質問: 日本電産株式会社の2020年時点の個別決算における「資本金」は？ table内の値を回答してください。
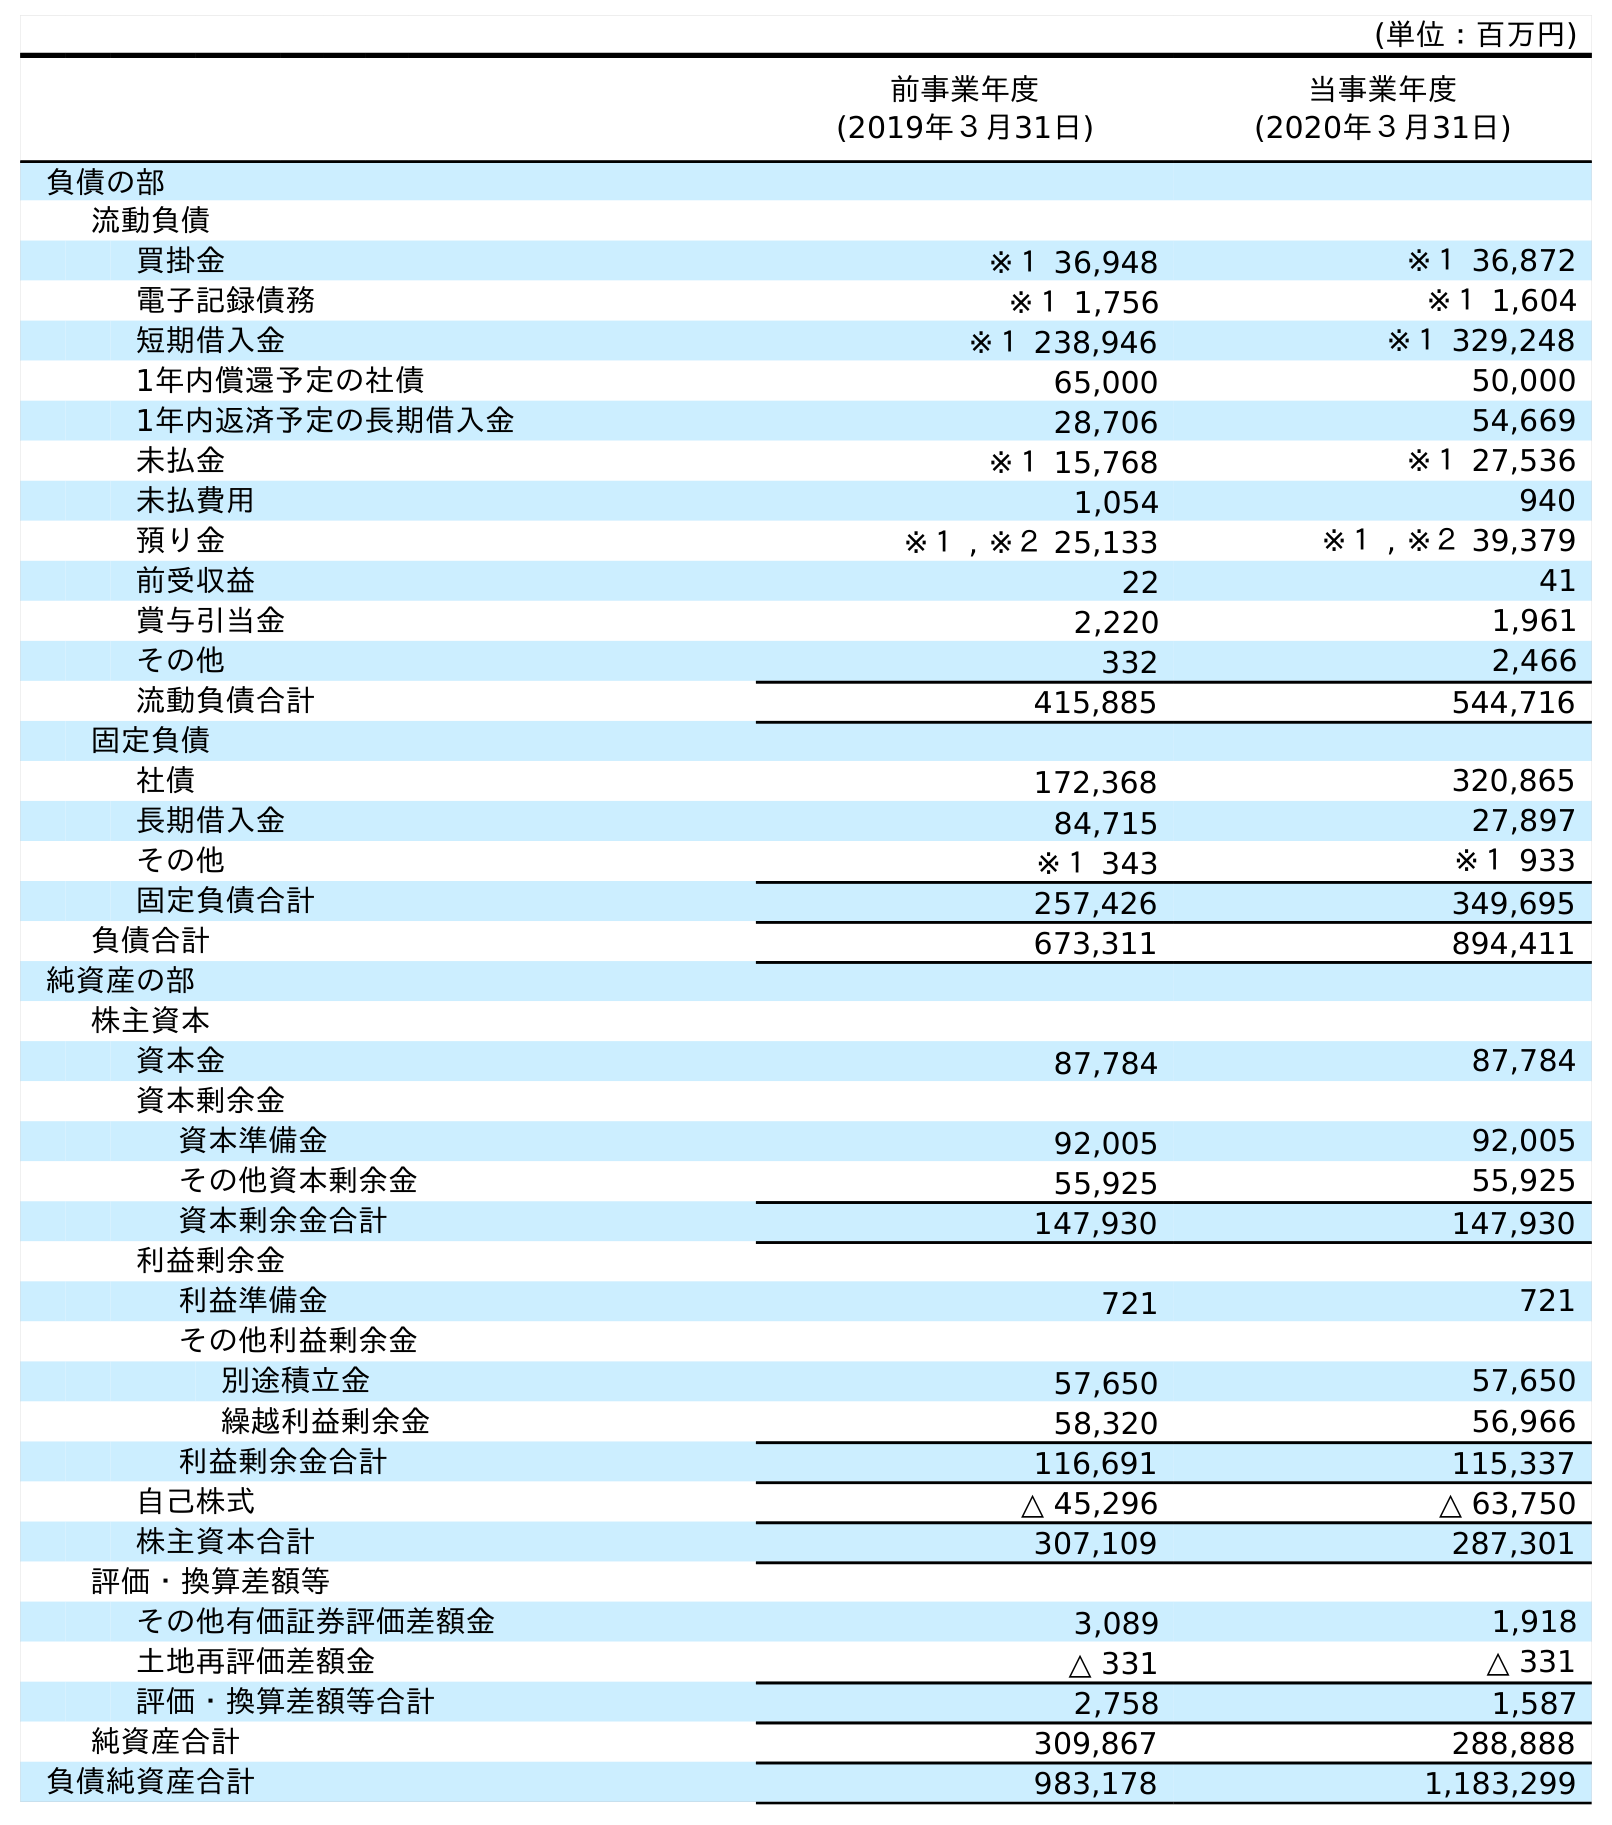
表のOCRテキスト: (単位：百万円) 前事業年度 (2019年３月31日) 当事業年度 (2020年３月31日) 負債の部 流動負債 買掛金 ※１ 36,948 ※１ 36,872 電子記録債務 ※１ 1,756 ※１ 1,604 短期借入金 ※１ 238,946 ※１ 329,248 1年内償還予定の社債 65,000 50,000 1年内返済予定の長期借入金 28,706 54,669 未払金 ※１ 15,768 ※１ 27,536 未払費用 1,054 940 預り金 ※１ , ※２ 25,133 ※１ , ※２ 39,379 前受収益 22 41 賞与引当金 2,220 1,961 その他 332 2,466 流動負債合計 415,885 544,716 固定負債 社債 172,368 320,865 長期借入金 84,715 27,897 その他 ※１ 343 ※１ 933 固定負債合計 257,426 349,695 負債合計 673,311 894,411 純資産の部 株主資本 資本金 87,784 87,784 資本剰余金 資本準備金 92,005 92,005 その他資本剰余金 55,925 55,925 資本剰余金合計 147,930 147,930 利益剰余金 利益準備金 721 721 その他利益剰余金 別途積立金 57,650 57,650 繰越利益剰余金 58,320 56,966 利益剰余金合計 116,691 115,337 自己株式 △ 45,296 △ 63,750 株主資本合計 307,109 287,301 評価・換算差額等 その他有価証券評価差額金 3,089 1,918 土地再評価差額金 △ 331 △ 331 評価・換算差額等合計 2,758 1,587 純資産合計 309,867 288,888 負債純資産合計 983,178 1,183,299
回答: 87,784